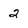
Character: 2